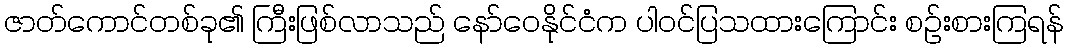
ဇာတ်ကောင်တစ်ခု၏ ကြီးဖြစ်လာသည် နော်ဝေနိုင်ငံက ပါဝင်ပြသထားကြောင်း စဉ်းစားကြရန်